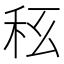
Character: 𥝮